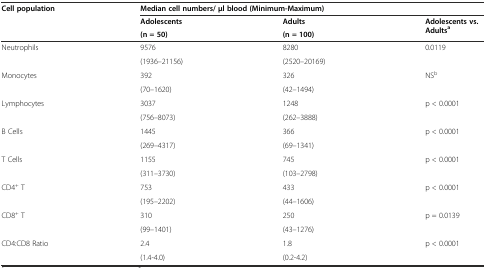
<table><thead><tr><td><b>Cell population</b></td><td colspan="3"><b>Median cell numbers/ μl blood (Minimum-Maximum)</b></td></tr><tr><td rowspan="2"></td><td><b>Adolescents</b></td><td><b>Adults</b></td><td rowspan="2"><b>Adolescents vs. Adults<sup>a</sup></b></td></tr><tr><td><b>(n = 50)</b></td><td><b>(n = 100)</b></td></tr></thead><tbody><tr><td rowspan="2">Neutrophils</td><td>9576</td><td>8280</td><td rowspan="2">0.0119</td></tr><tr><td>(1936–21156)</td><td>(2520–20169)</td></tr><tr><td rowspan="2">Monocytes</td><td>392</td><td>326</td><td rowspan="2">NS<sup>b</sup></td></tr><tr><td>(70–1620)</td><td>(42–1494)</td></tr><tr><td rowspan="2">Lymphocytes</td><td>3037</td><td>1248</td><td rowspan="2">p &lt; 0.0001</td></tr><tr><td>(756–8073)</td><td>(262–3888)</td></tr><tr><td rowspan="2">B Cells</td><td>1445</td><td>366</td><td rowspan="2">p &lt; 0.0001</td></tr><tr><td>(269–4317)</td><td>(69–1341)</td></tr><tr><td rowspan="2">T Cells</td><td>1155</td><td>745</td><td rowspan="2">p &lt; 0.0001</td></tr><tr><td>(311–3730)</td><td>(103–2798)</td></tr><tr><td rowspan="2">CD4<sup>+</sup> T</td><td>753</td><td>433</td><td rowspan="2">p &lt; 0.0001</td></tr><tr><td>(195–2202)</td><td>(44–1606)</td></tr><tr><td rowspan="2">CD8<sup>+</sup> T</td><td>310</td><td>250</td><td rowspan="2">p = 0.0139</td></tr><tr><td>(99–1401)</td><td>(43–1276)</td></tr><tr><td rowspan="2">CD4:CD8 Ratio</td><td>2.4</td><td>1.8</td><td rowspan="2">p &lt; 0.0001</td></tr><tr><td>(1.4-4.0)</td><td>(0.2-4.2)</td></tr></tbody></table>